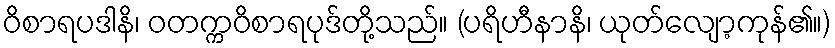
ဝိစာရပဒါနိ၊ ဝတက္ကဝိစာရပုဒ်တို့သည်။ (ပရိဟီနာနိ၊ ယုတ်လျော့ကုန်၏။)